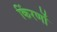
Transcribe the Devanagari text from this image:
किंरणों